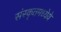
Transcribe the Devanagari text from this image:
संस्कृतमध्येये